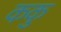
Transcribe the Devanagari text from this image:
ककु